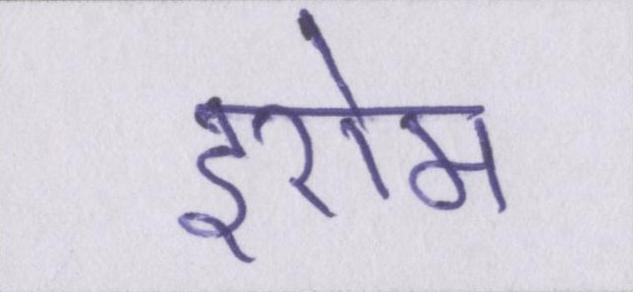
इरोम